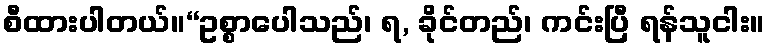
စီထားပါတယ်။“ဥစ္စာပေါသည်၊ ရ, ခိုင်တည်၊ ကင်းပြီ ရန်သူငါး။